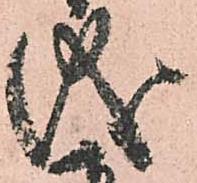
儀